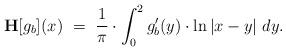
LaTeX: \begin{align*}{\bf H}[g_b](x)~=~{1\over \pi}\cdot \int_{0}^{2}g_b'(y)\cdot \ln |x-y|~dy.\end{align*}